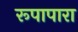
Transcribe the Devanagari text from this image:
रूपापारा